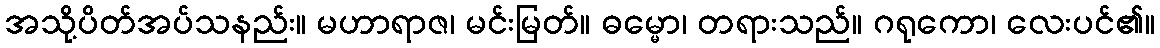
အသို့ပိတ်အပ်သနည်း။ မဟာရာဇ၊ မင်းမြတ်။ ဓမ္မော၊ တရားသည်။ ဂရုကော၊ လေးပင်၏။